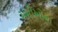
મમીઓના